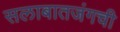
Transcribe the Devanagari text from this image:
सलाबातजंगची